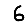
Digit: 6